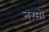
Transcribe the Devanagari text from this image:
नग़्मों